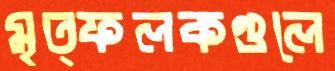
মৃত্ফলকগুলে